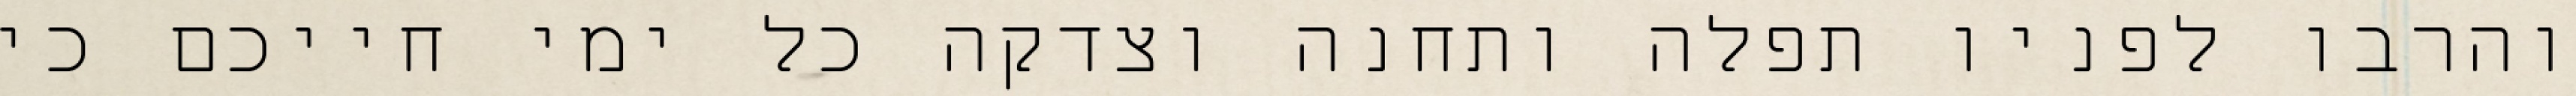
והרבו לפניו תפלה ותחנה וצדקה כל ימי חייכם כי